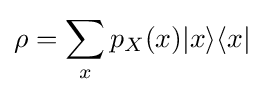
\rho =\sum _{x}p_{X}(x)\vert x\rangle \langle x\vert